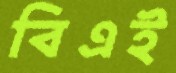
বিএই